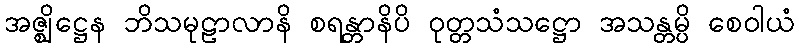
အဇ္ဈိဋ္ဌေန ဘိသမုဠာလာနိ စရန္တာနိပိ ဝုတ္တသံသဋ္ဌော အသန္တမ္ပိ စေဝါယံ